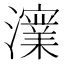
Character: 𭳪